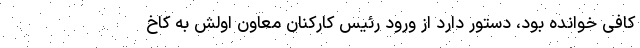
کافی خوانده بود، دستور دارد از ورود رئیس کارکنان معاون اولش به کاخ